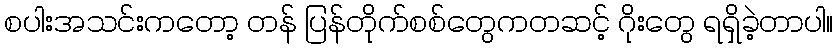
စပါးအသင်းကတော့ တန် ပြန်တိုက်စစ်တွေကတဆင့် ဂိုးတွေ ရရှိခဲ့တာပါ။